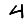
Digit: 4